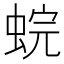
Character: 䖾